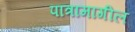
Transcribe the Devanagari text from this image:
पात्रामागील